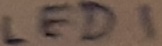
Text: LED1